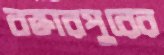
বক্তারপুরের